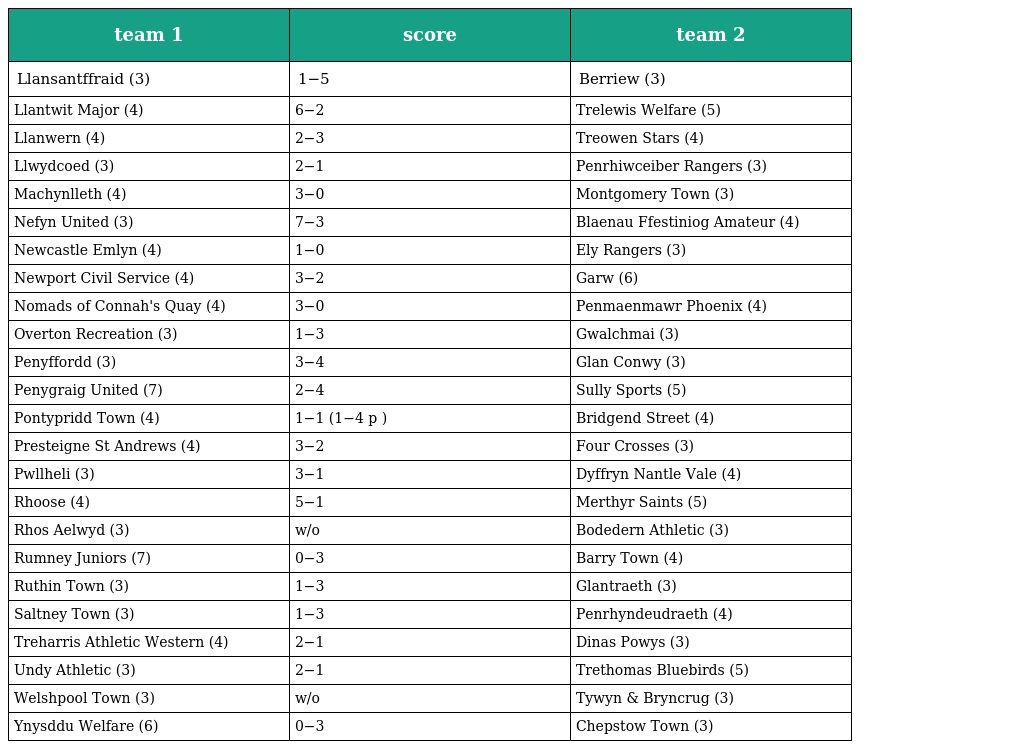
| team 1 | score | team 2 |
 | --- | --- | --- |
 | Llansantffraid (3) | 1−5 | Berriew (3) |
 | Llantwit Major (4) | 6−2 | Trelewis Welfare (5) |
 | Llanwern (4) | 2−3 | Treowen Stars (4) |
 | Llwydcoed (3) | 2−1 | Penrhiwceiber Rangers (3) |
 | Machynlleth (4) | 3−0 | Montgomery Town (3) |
 | Nefyn United (3) | 7−3 | Blaenau Ffestiniog Amateur (4) |
 | Newcastle Emlyn (4) | 1−0 | Ely Rangers (3) |
 | Newport Civil Service (4) | 3−2 | Garw (6) |
 | Nomads of Connah's Quay (4) | 3−0 | Penmaenmawr Phoenix (4) |
 | Overton Recreation (3) | 1−3 | Gwalchmai (3) |
 | Penyffordd (3) | 3−4 | Glan Conwy (3) |
 | Penygraig United (7) | 2−4 | Sully Sports (5) |
 | Pontypridd Town (4) | 1−1 (1−4 p ) | Bridgend Street (4) |
 | Presteigne St Andrews (4) | 3−2 | Four Crosses (3) |
 | Pwllheli (3) | 3−1 | Dyffryn Nantle Vale (4) |
 | Rhoose (4) | 5−1 | Merthyr Saints (5) |
 | Rhos Aelwyd (3) | w/o | Bodedern Athletic (3) |
 | Rumney Juniors (7) | 0−3 | Barry Town (4) |
 | Ruthin Town (3) | 1−3 | Glantraeth (3) |
 | Saltney Town (3) | 1−3 | Penrhyndeudraeth (4) |
 | Treharris Athletic Western (4) | 2−1 | Dinas Powys (3) |
 | Undy Athletic (3) | 2−1 | Trethomas Bluebirds (5) |
 | Welshpool Town (3) | w/o | Tywyn & Bryncrug (3) |
 | Ynysddu Welfare (6) | 0−3 | Chepstow Town (3) |